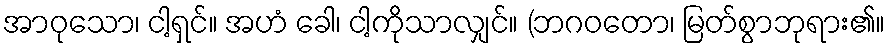
အာဝုသော၊ ငါ့ရှင်။ အဟံ ခေါ၊ ငါ့ကိုသာလျှင်။ (ဘဂဝတော၊ မြတ်စွာဘုရား၏။